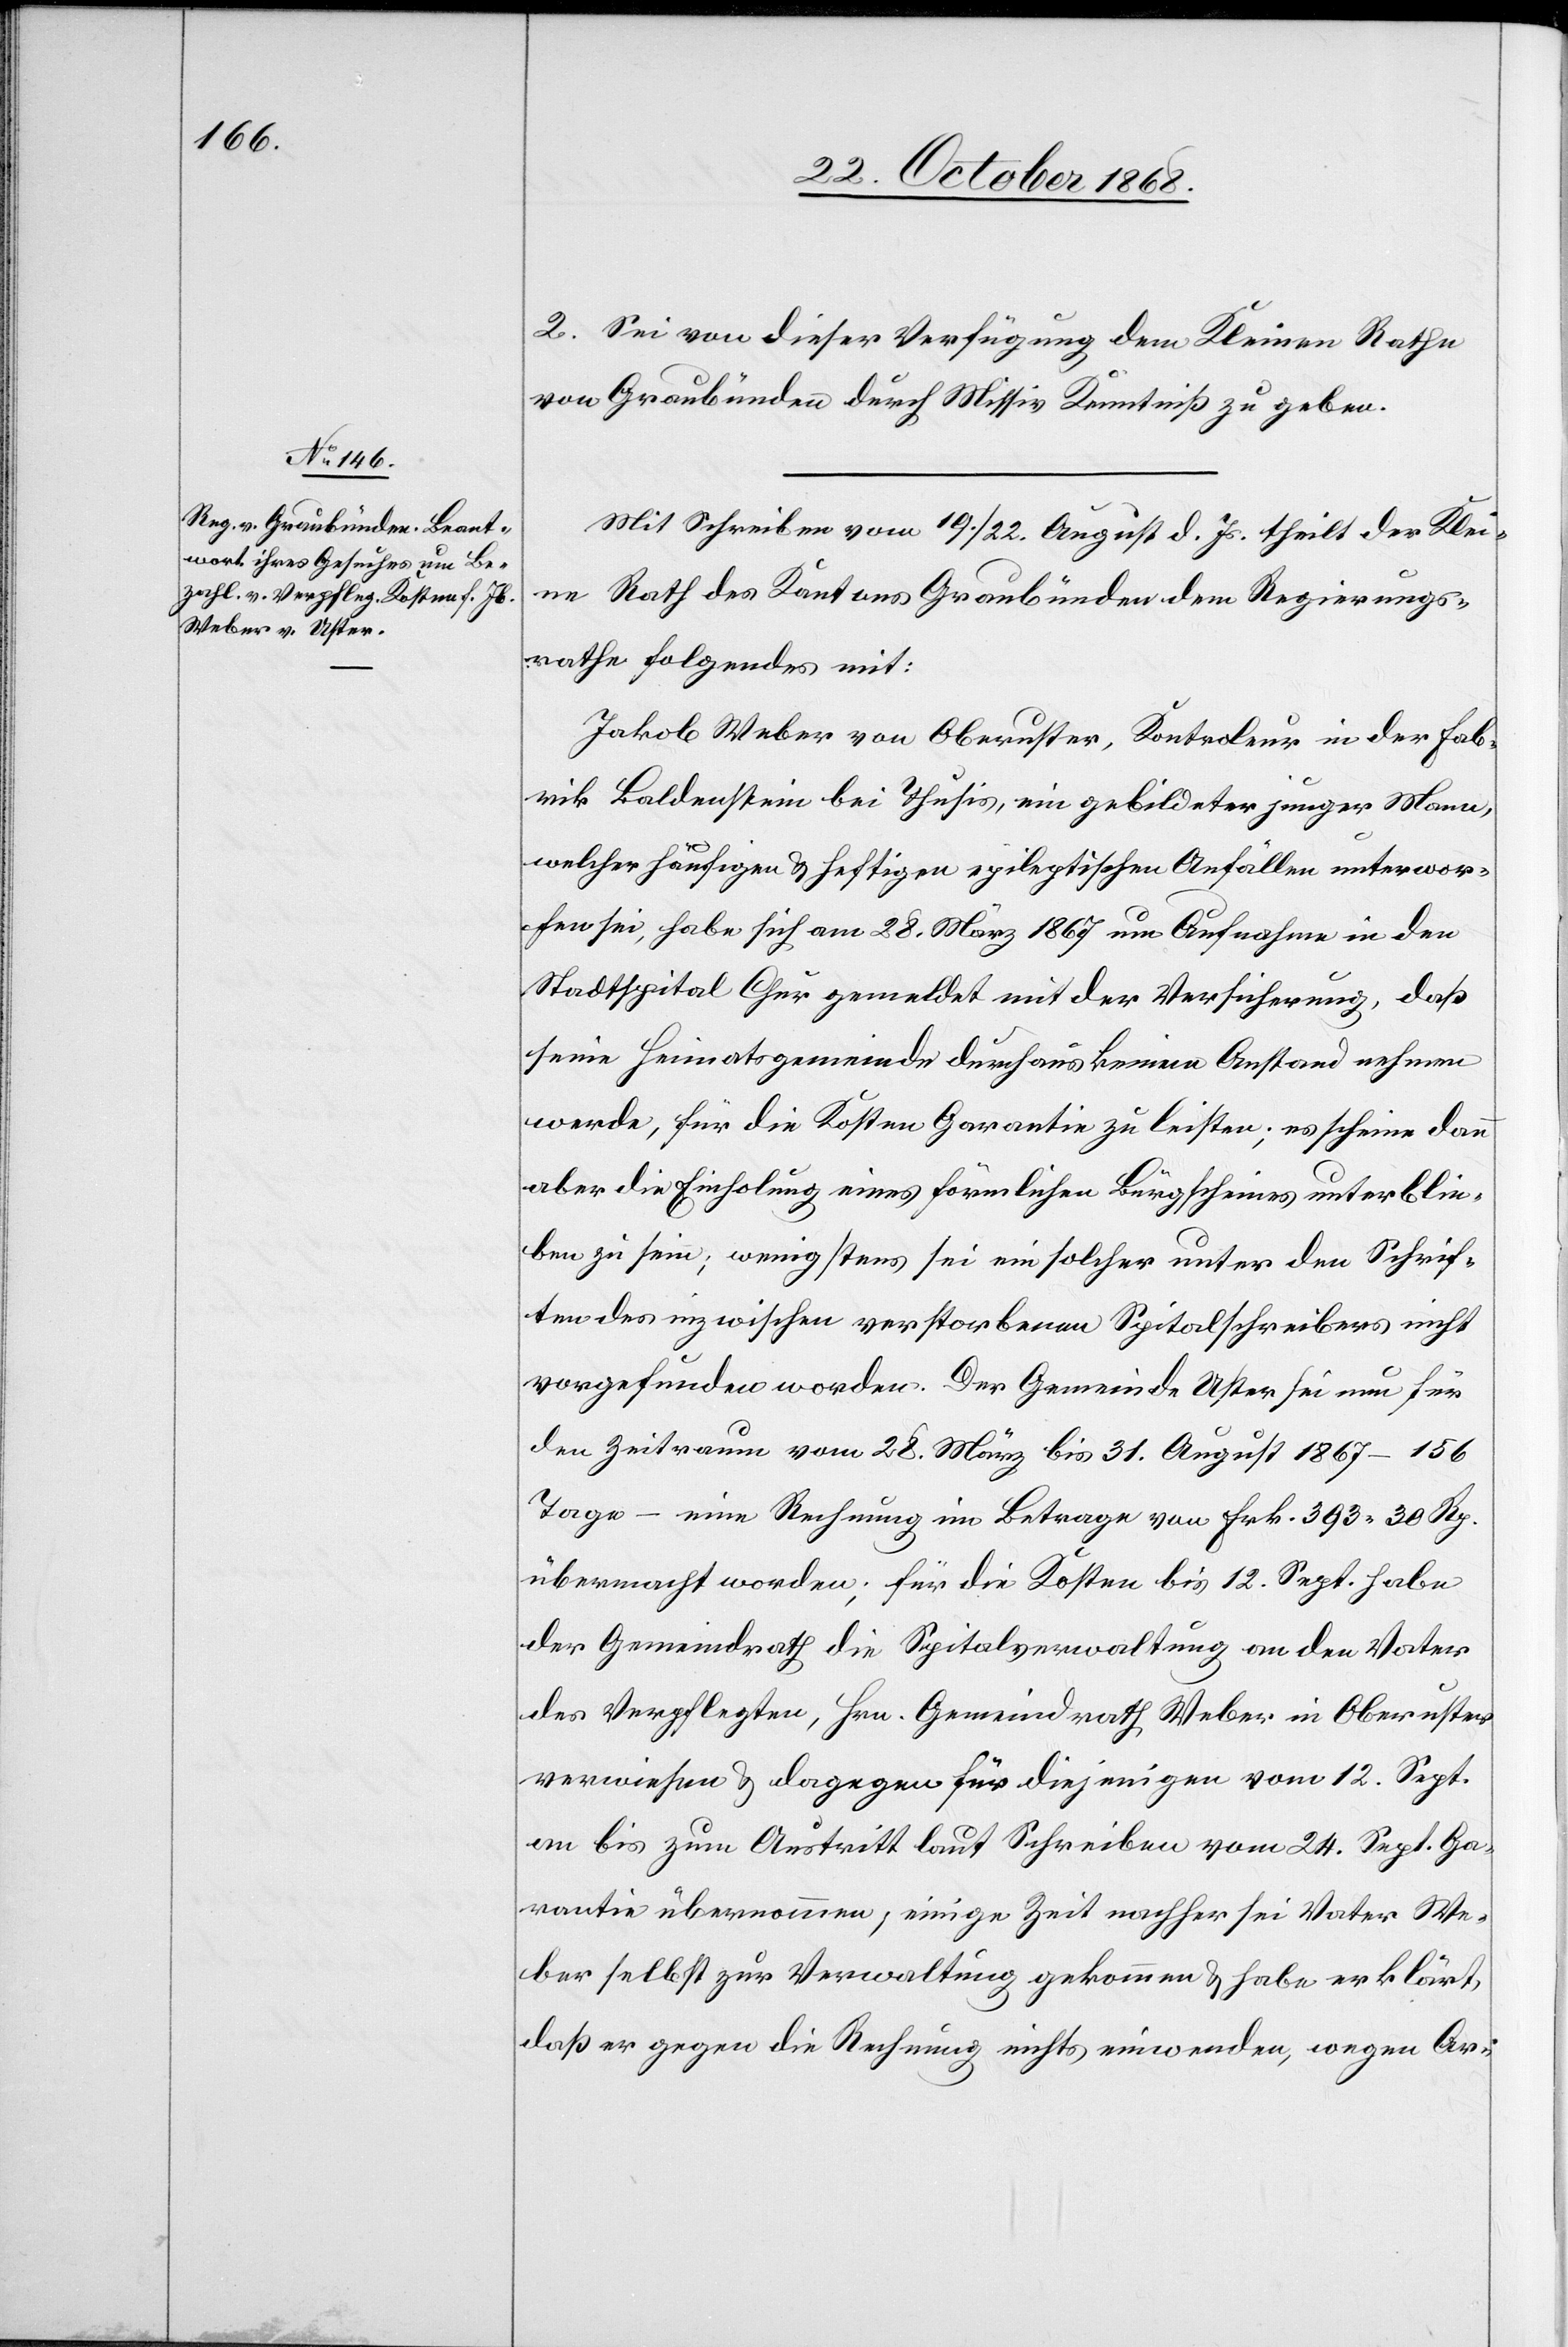
2. Sei von dieser Verfügung dem Kleinen Rathe
von Graubünden durch Missiv Kenntniß zu geben.
Mit Schreiben vom 19./22. August d. Js. theilt der Klei¬
ne Rath des Kantons Graubünden dem Regierungs¬
rathe folgendes mit:
Jakob Weber von Oberuster, Kontroleur in der Fab¬
rik Baldenstein bei Thusis, ein gebildeter junger Mann,
welcher häufigen & heftigen epileptischen Anfällen unterwor¬
fen sei, habe sich am 28. März 1867 um Aufnahme in den
Stadtspital Chur gemeldet mit der Versicherung, daß
seine Heimatsgemeinde durchaus keinen Anstand nehmen
werde, für die Kosten Garantie zu leisten; es scheine dann
aber die Einholung eines förmlichen Bürgscheines unterblie¬
ben zu sein; wenigstens sei ein solcher unter den Schrif¬
ten des inzwischen verstorbenen Spitalschreibers nicht
vorgefunden worden. Der Gemeinde Uster sei nun für
den Zeitraum vom 28. März bis 31. August 1867 – 156
Tage – eine Rechnung im Betrage von Frk. 393 30 Rp.
übermacht worden; für die Kosten bis 12. Sept. habe
der Gemeindrath die Spitalverwaltung an den Vater
des Verpflegten, Hrn. Gemeindrath Weber in Oberuster
verwiesen & dagegen für diejenigen vom 12. Sept.
an bis zum Austritt laut Schreiben vom 24. Sept. Ga¬
rantie übernommen; einige Zeit nachher sei Vater We¬
ber selbst zur Verwaltung gekommen & habe erklärt,
daß er gegen die Rechnung nichts einwenden, wegen Ar-